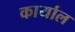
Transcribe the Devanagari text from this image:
कार्याल